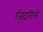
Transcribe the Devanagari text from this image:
ज़िंदगियों